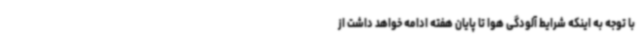
با توجه به اینکه شرایط آلودگی هوا تا پایان هفته ادامه خواهد داشت از